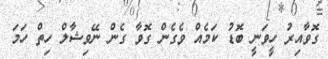
ގޮވާއިރު ހީވަނީ ބޮޑު ކަމެއް ވެގެން ގޮވާ ގެން ނޭވިޝާލް ހިތް ހަމަ